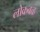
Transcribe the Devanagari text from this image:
लोकबळ